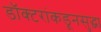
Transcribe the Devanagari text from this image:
डॉक्टरांकडूनसुद्धा